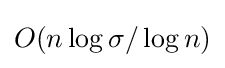
O(n\log \sigma /\log n)